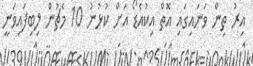
އިރު ތިން ވަނައިގައި އޮތް އިކުއެޑޯ އަށް ކުޅުނު 10 މެޗުން ލިބިފައިވަނީ